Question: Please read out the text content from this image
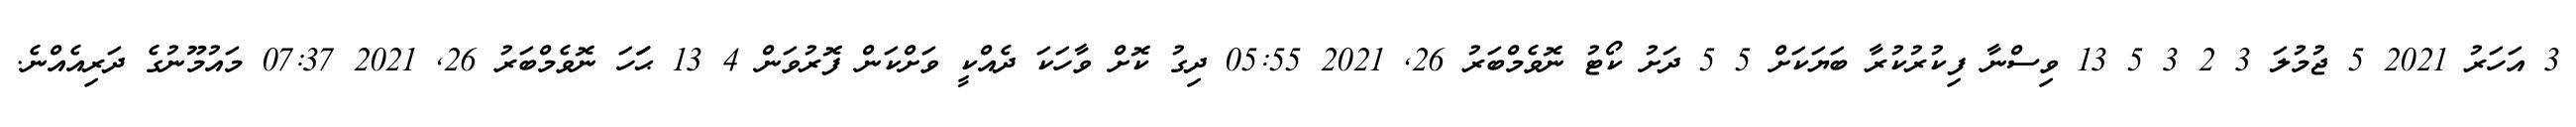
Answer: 3 އަހަރު 2021 5 ޖުމުލަ 3 2 3 5 13 ވިސްނާ ފިކުރުކުރާ ބަޔަކަށް 5 5 ދަށު ކޯޓު ނޮވެމްބަރު 26, 2021 05:55 ދިގު ކޮށް ވާހަކަ ދެއްކީ ވަށްކަން ފޮރުވަން 4 13 ޙަަަހަ ނޮވެމްބަރު 26, 2021 07:37 މައުމޫނުގެ ދަރިއެއްނެ.